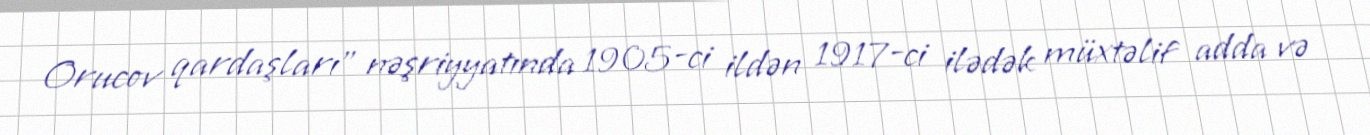
Orucov qardaşları" nəşriyyatında 1905-ci ildən 1917-ci ilədək müxtəlif adda və